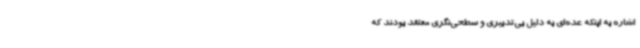
اشاره به اینکه عده‌ای به دلیل بی‌تدبیری و سطحی‌نگری معتقد بودند که